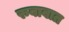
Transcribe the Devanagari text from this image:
रुबाबात